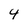
Character: 4